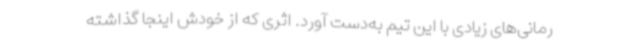
رمانی‌های زیادی با این تیم به‌دست آورد. اثری که از خودش اینجا گذاشته